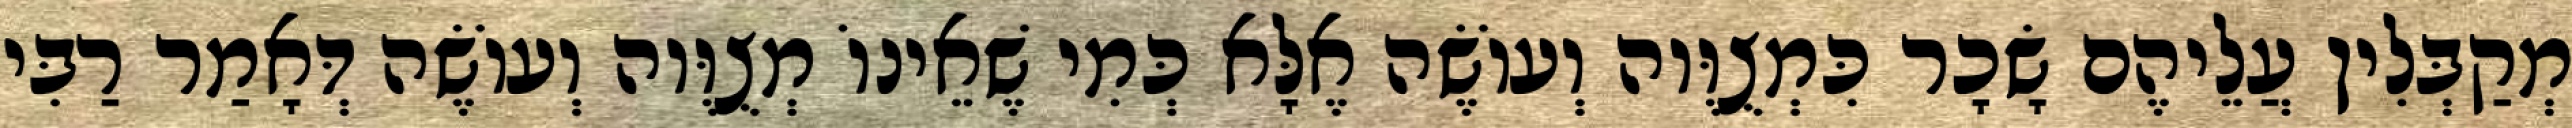
מְקַבְּלִין עֲלֵיהֶם שָׂכָר כִּמְצֻוֶּוה וְעוֹשֶׂה אֶלָּא כְּמִי שֶׁאֵינוֹ מְצֻוֶּוה וְעוֹשֶׂה דְּאָמַר רַבִּי